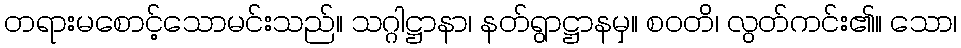
တရားမစောင့်သောမင်းသည်။ သဂ္ဂါဋ္ဌာနာ၊ နတ်ရွာဋ္ဌာနမှ။ စဝတိ၊ လွတ်ကင်း၏။ သော၊